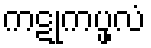
ကဋုကပ္ဖလံ